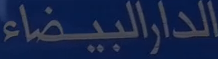
الدارالبيضاء